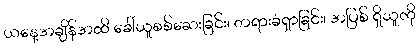
ယနေ့အချိန်အထိ ခေါ်ယူစစ်ဆေးခြင်း၊ တရားခံရှာခြင်း၊ အပြစ် ရှိသူကို